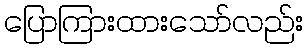
ပြောကြားထားသော်လည်း